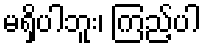
မရှိပါဘူး၊ ကြည့်ပါ